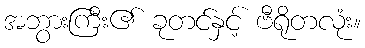
အဘွားကြီး၏ ခုတင်နှင့် ဗီရိုတလုံး။